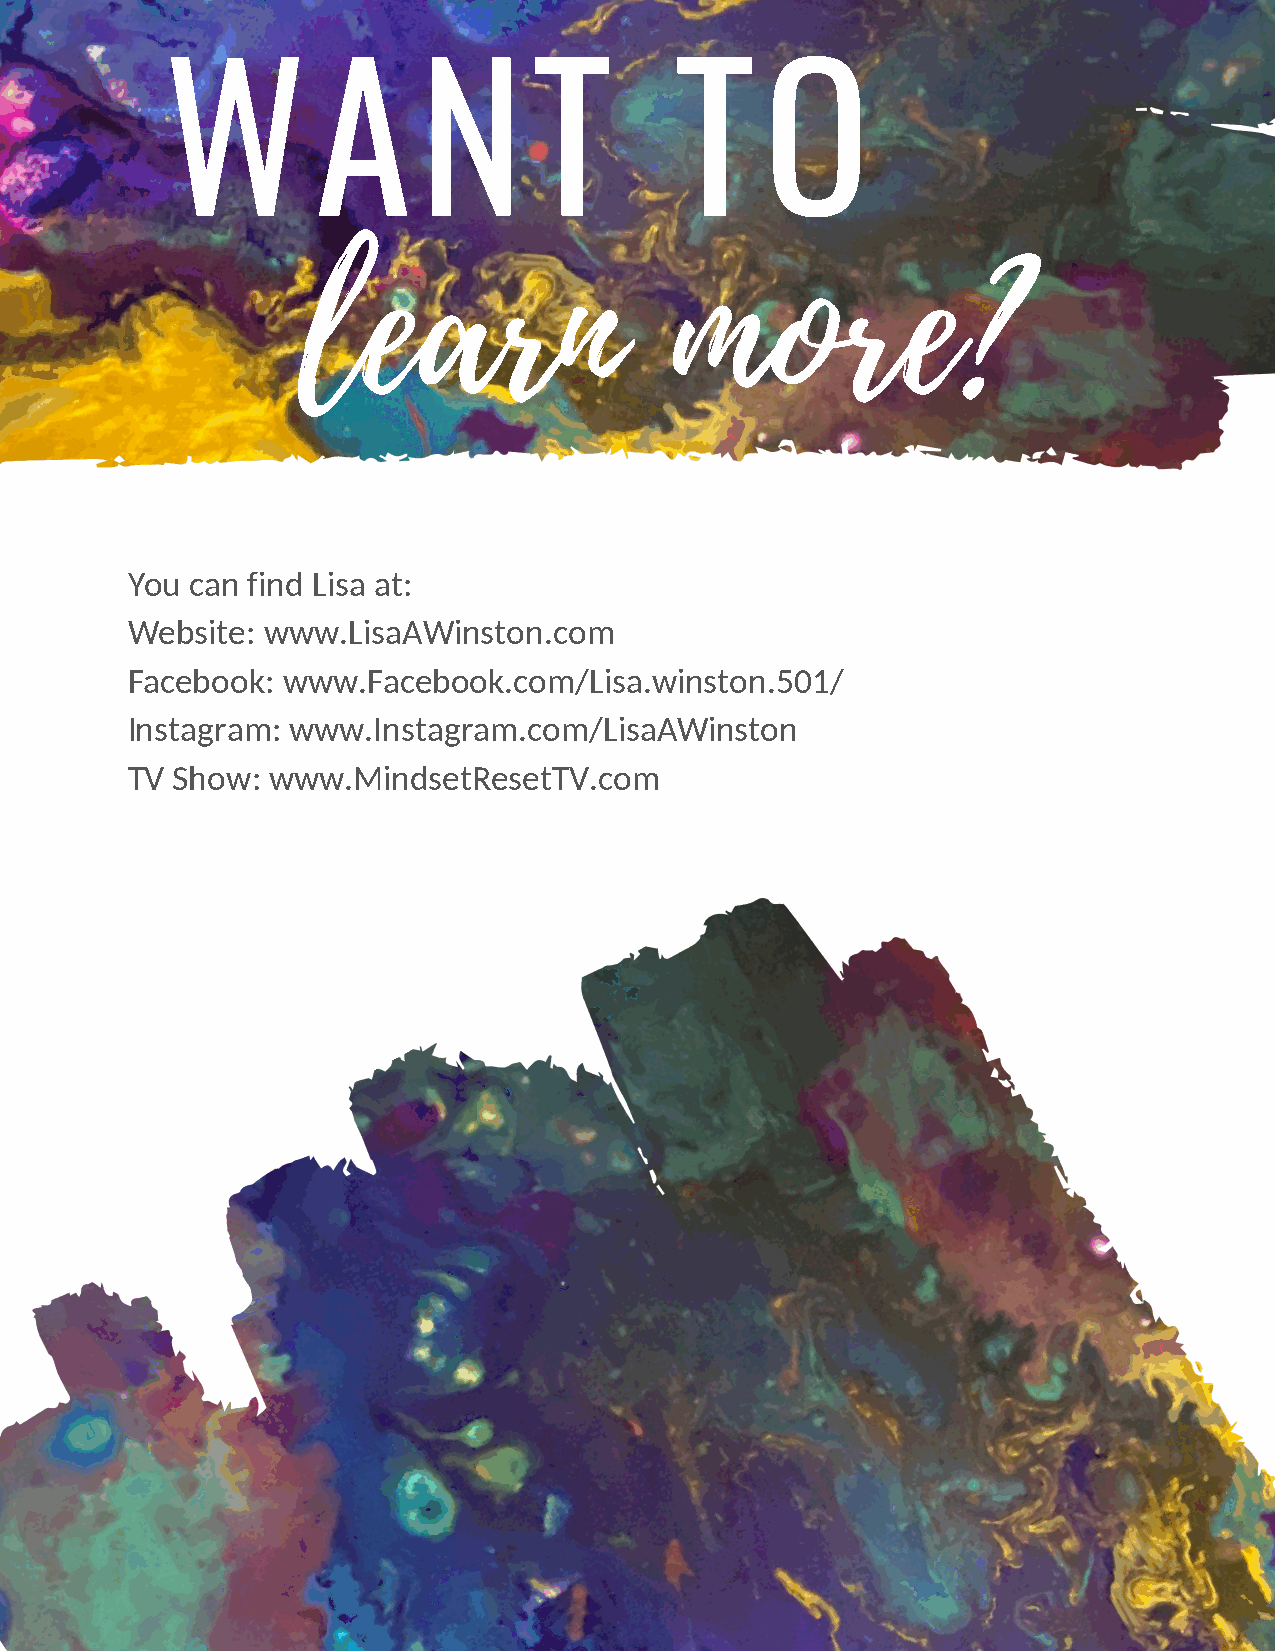
W         A      N      T         T     O
 learn                    more?
 You  can find Lisa at:
 Website: www.LisaAWinston.com
 Facebook:  www.Facebook.com/Lisa.winston.501/
 Instagram: www.Instagram.com/LisaAWinston
 TV Show:  www.MindsetResetTV.com